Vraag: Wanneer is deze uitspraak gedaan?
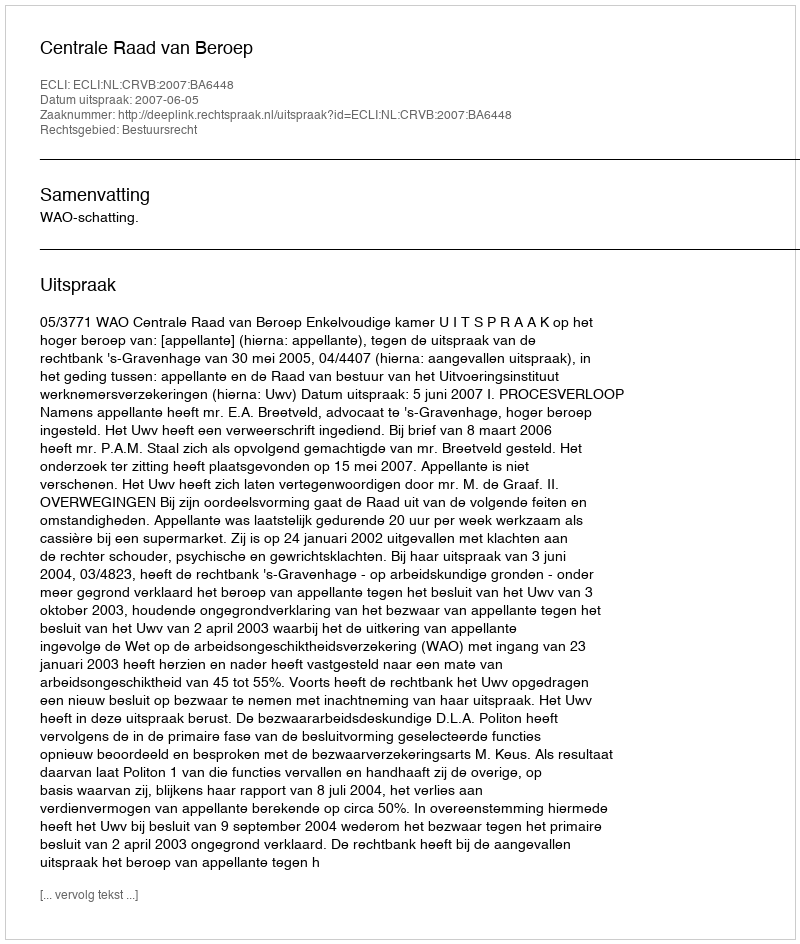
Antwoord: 2007-06-05